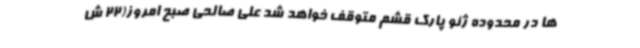
ها در محدوده ژئو پارک قشم متوقف خواهد شد علی صالحی صبح امروز(22 ش